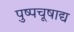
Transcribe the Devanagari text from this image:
पुष्पचूषाद्य